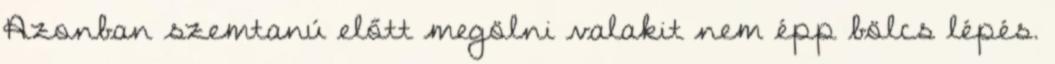
Azonban szemtanú előtt megölni valakit nem épp bölcs lépés.